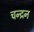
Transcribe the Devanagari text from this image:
चन्‍द्रन